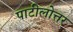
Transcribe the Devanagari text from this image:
पाटीलोत्तर